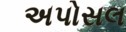
અપોસલ